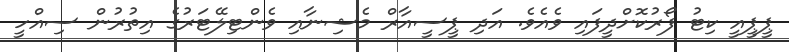
ޕީޕީއީ ކިޓު ފޯރުކޮށްދީފައި ވެއެވެ. އަދި ޕީސީއާރް މެޝިނާއި ވެންޓިލޭޓަރުގެ އިތުރުން ސިއްހީ